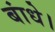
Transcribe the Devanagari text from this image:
बांधे।